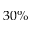
3 0 \%